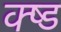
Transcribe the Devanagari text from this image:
क्ष्ड